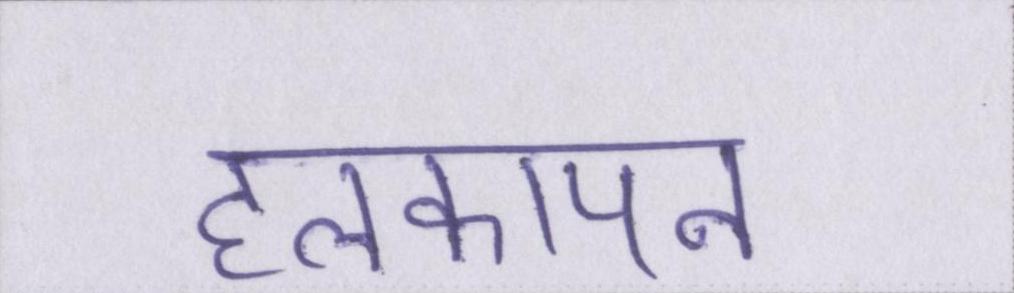
हलकापन